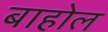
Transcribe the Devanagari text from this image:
बाहोल